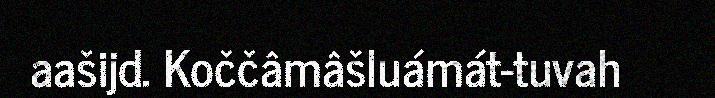
aašijd. Koččâmâšluámát-tuvah